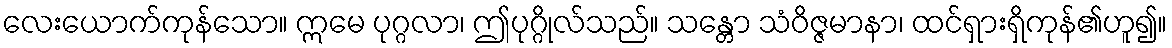
လေးယောက်ကုန်သော။ ဣမေ ပုဂ္ဂလာ၊ ဤပုဂ္ဂိုလ်သည်။ သန္တော သံဝိဇ္ဇမာနာ၊ ထင်ရှားရှိကုန်၏ဟူ၍။